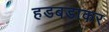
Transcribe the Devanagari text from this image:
हडबडाकर